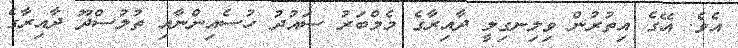
އެވެ. އޭގެ އިތުރުން ވިލިނގިލީ ދާއިރާގެ މެމްބަރު ސައުދު ހުސެއިންނާއި ތުލުސްދޫ ދާއިރާގެ